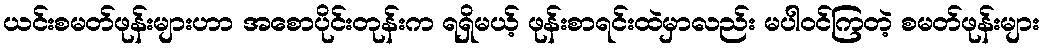
ယင်းစမတ်ဖုန်းများဟာ အစောပိုင်းတုန်းက ရရှိမယ့် ဖုန်းစာရင်းထဲမှာလည်း မပါဝင်ကြတဲ့ စမတ်ဖုန်းများ